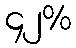
၄၂%